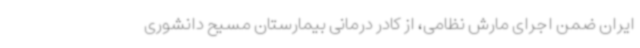
ایران ضمن اجرای مارش نظامی، از کادر درمانی بیمارستان مسیح دانشوری